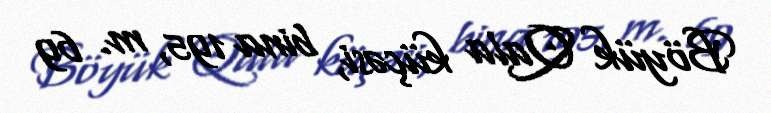
Böyük Qala küçəsi, bina 195, m. 69